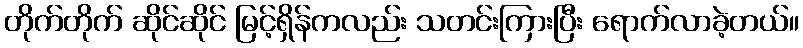
တိုက်တိုက် ဆိုင်ဆိုင် မြင့်ရှိန်ကလည်း သတင်းကြားပြီး ရောက်လာခဲ့တယ်။